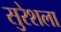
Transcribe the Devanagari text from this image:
सुरेशला